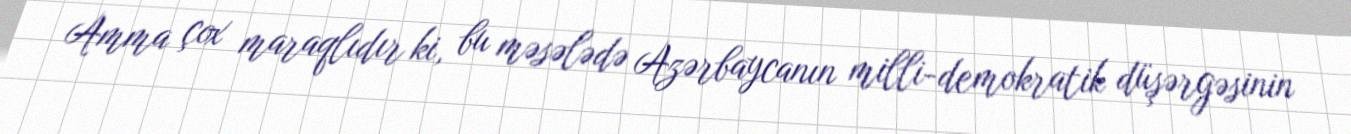
Amma çox maraqlıdır ki, bu məsələdə Azərbaycanın milli-demokratik düşərgəsinin